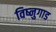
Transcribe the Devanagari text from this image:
विष्नुगाड